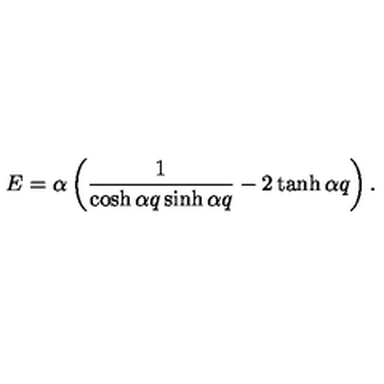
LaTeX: E = \alpha \left( \frac { 1 } { \cosh { \alpha q } \sinh { \alpha q } } - 2 \tanh { \alpha q } \right) .